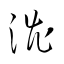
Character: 澁